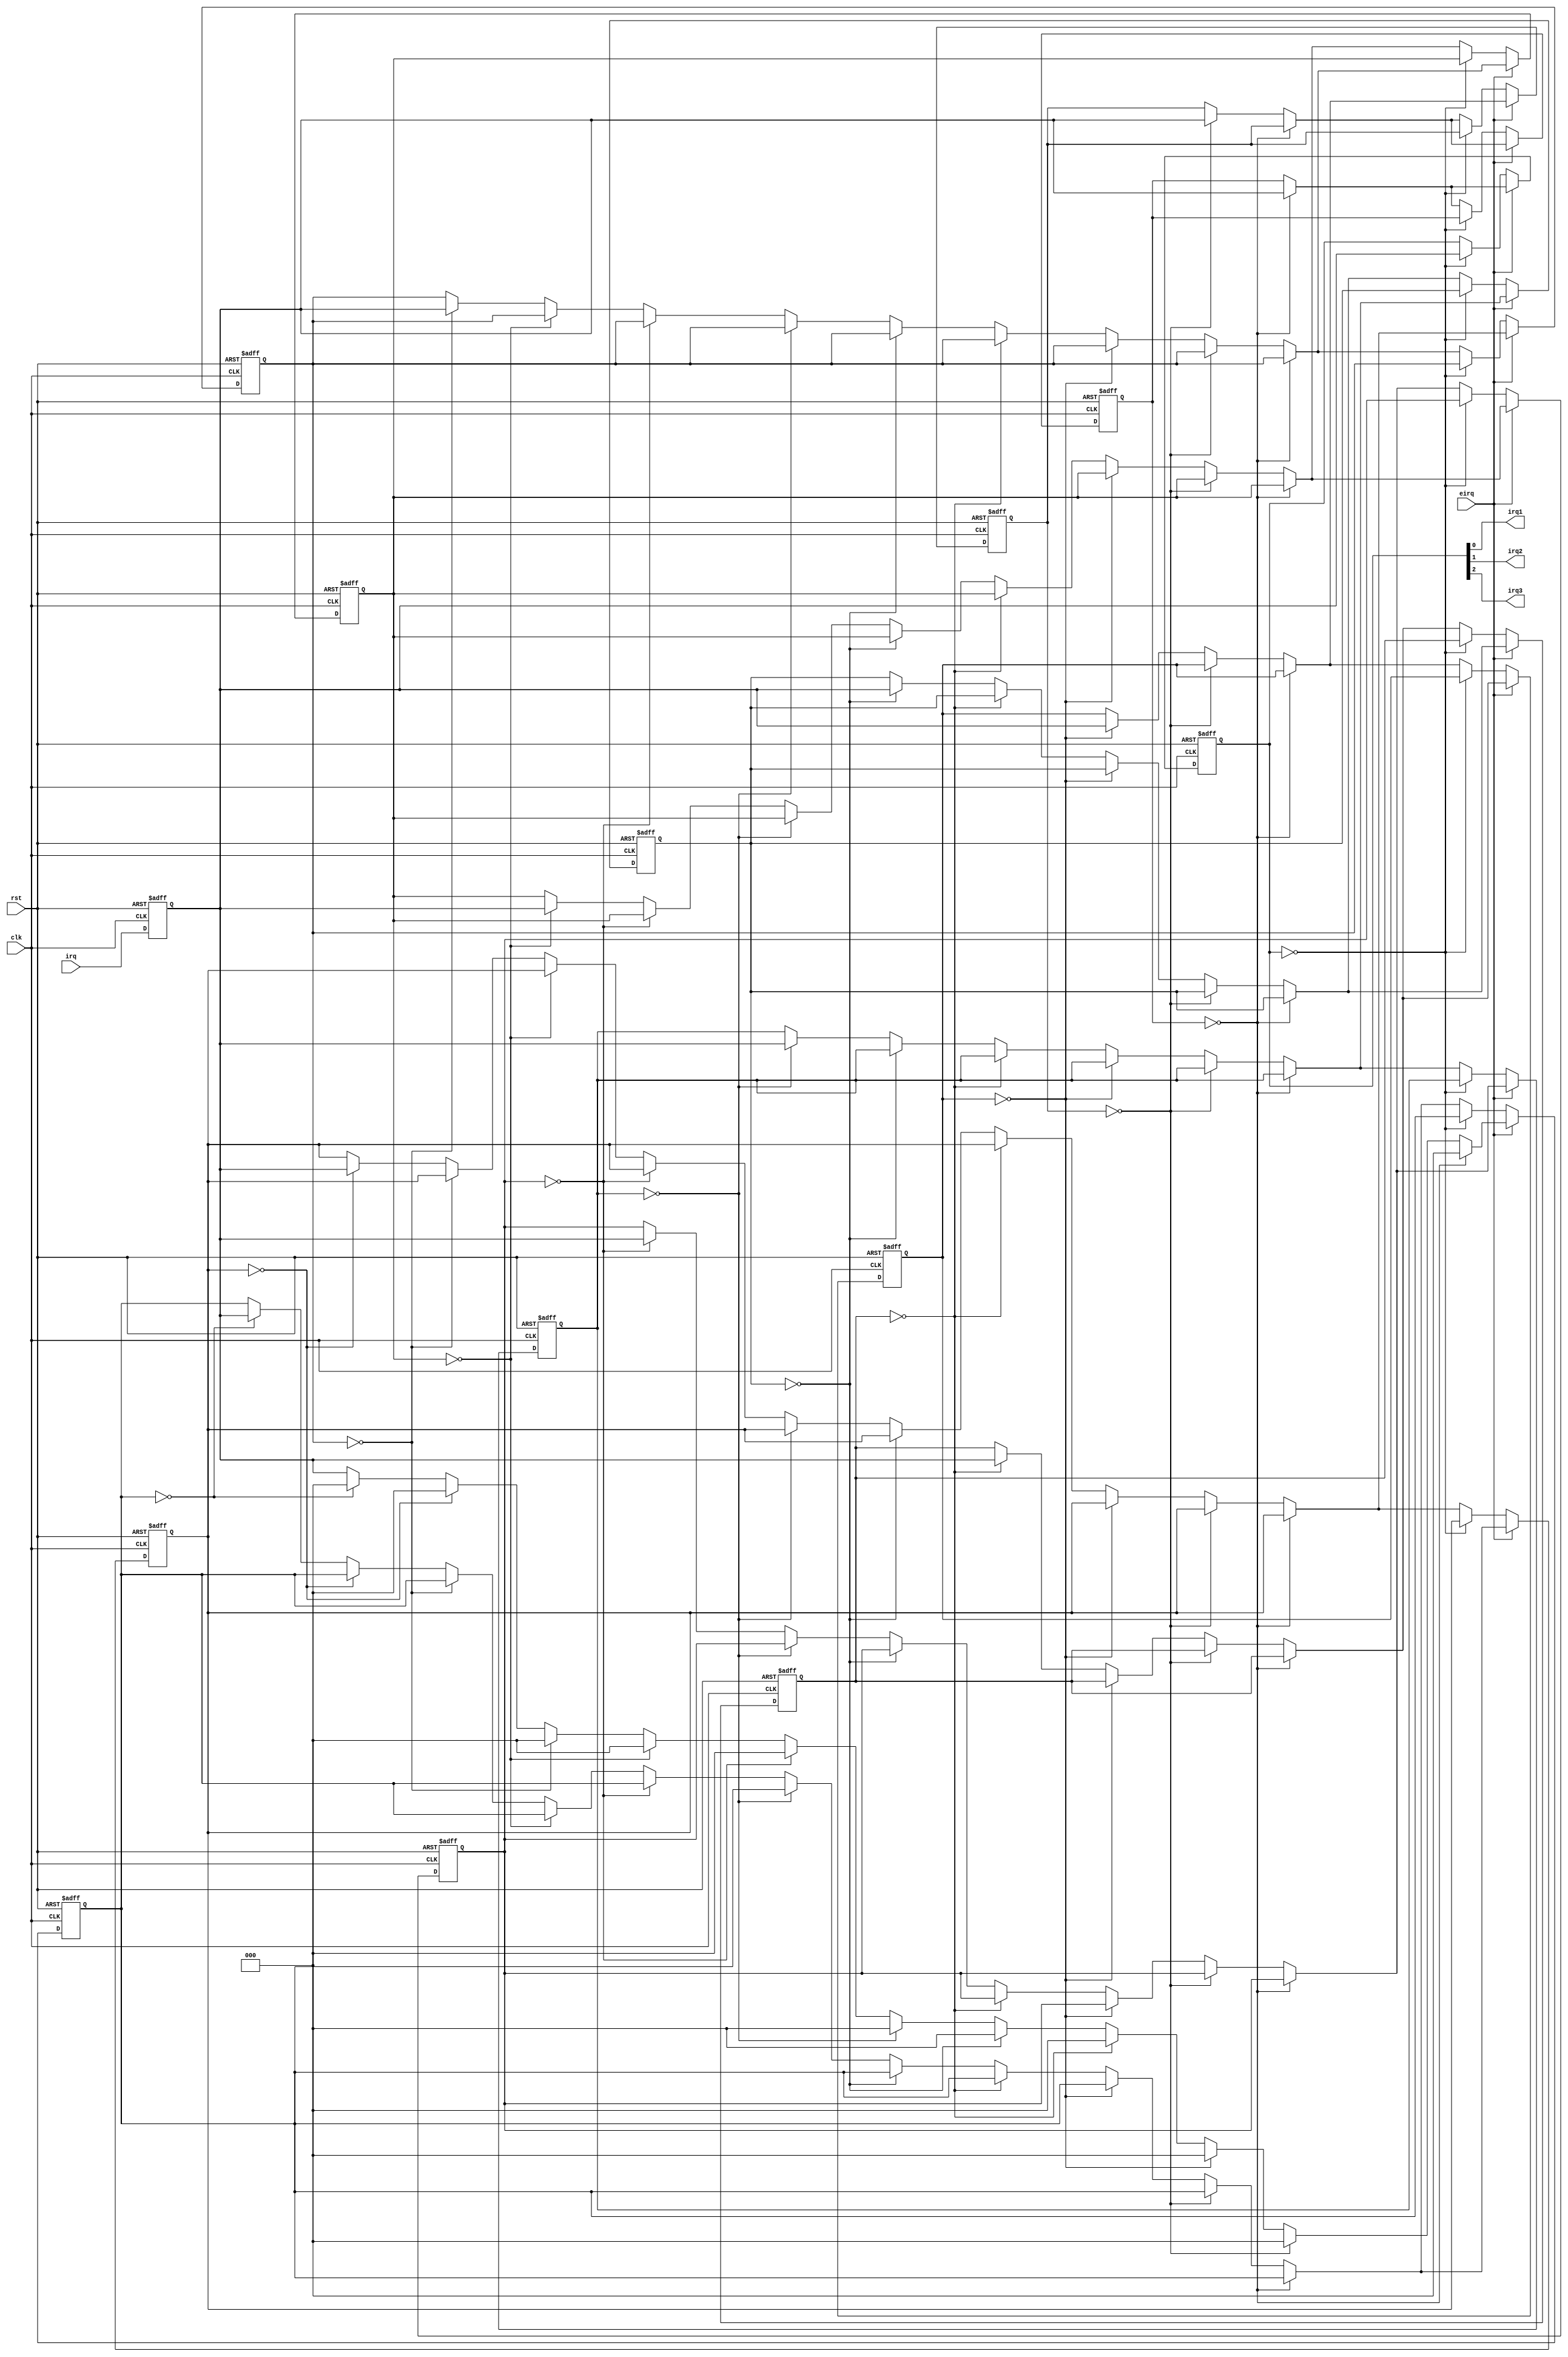

module interCont(
	input clk,
	input rst,
	
	input eirq,
	input[2:0] irq,
	
	output reg irq1,
	output reg irq2,
	output reg irq3
);

localparam LEN = 14;

reg started;
reg f_started;

reg[2:0] f_irqm[LEN-1:0];
reg[2:0] n_irqm[LEN-1:0];

reg[2:0] imem;
integer n = 0;

reg[2:0] f_irq;

always@(posedge clk or posedge rst) begin
	if(rst) f_irq <= 0;
	else f_irq <= irq;
end

always@(posedge clk or posedge rst)begin
	if(rst)begin
		for(n = 0; n < LEN; n = n + 1) f_irqm[n] <= 0;
		f_started <= 0;
	end else
	begin
		for(n = 0; n < LEN; n = n + 1) f_irqm[n] <= n_irqm[n];
		f_started <= started;
	end
end

always@(*)begin
	for(n = 0; n < LEN; n = n + 1) n_irqm[n] = f_irqm[n];
	
	started = f_started;
	
	imem = f_irqm[0];
	irq1 = imem[0];
	irq2 = imem[1];
	irq3 = imem[2];
	
	
	if(eirq)begin
		
		
		n_irqm[0] = f_irqm[1];
		n_irqm[1] = f_irqm[2];
		n_irqm[2] = f_irqm[3];
		n_irqm[3] = f_irqm[4];
		n_irqm[4] = f_irqm[5];
		n_irqm[5] = f_irqm[6];
		n_irqm[6] = f_irqm[7];
		n_irqm[7] = f_irqm[8];
		n_irqm[8] = f_irqm[9];
		n_irqm[9] = f_irqm[10];
		n_irqm[10] = f_irqm[11];
		n_irqm[11] = 0;
		
	
			if(f_irqm[1] == 0) n_irqm[0] = f_irq; 
			else if(f_irqm[2] == 0) n_irqm[1] = f_irq; 
			else if(f_irqm[3] == 0) n_irqm[2] = f_irq; 
			else if(f_irqm[4] == 0) n_irqm[3] = f_irq; 
			else if(f_irqm[5] == 0) n_irqm[4] = f_irq; 
			else if(f_irqm[6] == 0) n_irqm[5] = f_irq; 
			else if(f_irqm[7] == 0) n_irqm[6] = f_irq; 
			else if(f_irqm[8] == 0) n_irqm[7] = f_irq; 
			else if(f_irqm[9] == 0) n_irqm[8] = f_irq; 
			else if(f_irqm[10] == 0) n_irqm[9] = f_irq; 
			else if(f_irqm[11] == 0) n_irqm[10] = f_irq;
			else n_irqm[11] = f_irq;
		
		
	end else
	begin
			if(f_irqm[0] == 0) n_irqm[0] = f_irq; 
			else if(f_irqm[1] == 0) n_irqm[1] = f_irq; 
			else if(f_irqm[2] == 0) n_irqm[2] = f_irq; 
			else if(f_irqm[3] == 0) n_irqm[3] = f_irq; 
			else if(f_irqm[4] == 0) n_irqm[4] = f_irq; 
			else if(f_irqm[5] == 0) n_irqm[5] = f_irq; 
			else if(f_irqm[6] == 0) n_irqm[6] = f_irq; 
			else if(f_irqm[7] == 0) n_irqm[7] = f_irq; 
			else if(f_irqm[8] == 0) n_irqm[8] = f_irq; 
			else if(f_irqm[9] == 0) n_irqm[9] = f_irq; 
			else if(f_irqm[10] == 0) n_irqm[10] = f_irq; 
			else if(f_irqm[11] == 0) n_irqm[11] = f_irq;
		
		
		
	end
	
	
	
	
	
	
end

endmodule



module irqcollector(
	input clk,
	input rst,
	
	input irq1,
	input irq2,
	input irq3,
	input irq4,
	input irq5,
	input irq6,
	input irq7,
	
	output reg[2:0] irq
	
);



reg s_r0;
reg s_r1;
reg s_r2;
reg s_r3;
reg s_r4;
reg s_r5;
reg s_r6;
reg s_r7;

reg f_r0;
reg f_r1;
reg f_r2;
reg f_r3;
reg f_r4;
reg f_r5;
reg f_r6;
reg f_r7;

reg[2:0] f_t;
reg[2:0] n_t;




always@(posedge clk or posedge rst)begin
	if(rst)begin
		f_r0 <= 0;
		f_r1 <= 0;
		f_r2 <= 0;
		f_r3 <= 0;
		f_r4 <= 0;
		f_r5 <= 0;
		f_r6 <= 0;
		f_r7 <= 0;
		
		f_t <= 0;
	end else
	begin
		f_r0 <= s_r0;
		f_r1 <= s_r1;
		f_r2 <= s_r2;
		f_r3 <= s_r3;
		f_r4 <= s_r4;
		f_r5 <= s_r5;
		f_r6 <= s_r6;
		f_r7 <= s_r7;
		
		f_t <= n_t;
	end
		
end

always@(*) n_t = f_t + 1;

always@(*)begin
		s_r0 = f_r0;
		s_r1 = f_r1;
		s_r2 = f_r2;
		s_r3 = f_r3;
		s_r4 = f_r4;
		s_r5 = f_r5;
		s_r6 = f_r6;
		s_r7 = f_r7;
		

		case(f_t)
			1: s_r1 = 0;
			2: s_r2 = 0;
			3: s_r3 = 0;
			4: s_r4 = 0;
			5: s_r5 = 0;
			6: s_r6 = 0;
			7: s_r7 = 0;
			default:;
		endcase
		
		if(irq1) s_r1 = 1;
		if(irq2) s_r2 = 1;
		if(irq3) s_r3 = 1;
		if(irq4) s_r4 = 1;
		if(irq5) s_r5 = 1;
		if(irq6) s_r6 = 1;
		if(irq7) s_r7 = 1;
			

end

always@(*)begin

		irq = 0;
		
		case(f_t)
			0: irq = 0;
			1: if(f_r1) irq = 3'd1;
			2: if(f_r2) irq = 3'd2;
			3: if(f_r3) irq = 3'd3;
			4: if(f_r4) irq = 3'd4;
			5: if(f_r5) irq = 3'd5;
			6: if(f_r6) irq = 3'd6;
			7: if(f_r7) irq = 3'd7;
			default:;
		endcase
end


endmodule